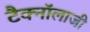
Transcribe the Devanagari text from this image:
टैक्नॉलाजी